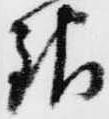
銀